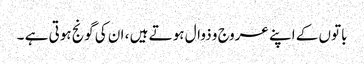
باتوں کے اپنے عروج و ذوال ہوتے ہیں ، ان کی گونج ہوتی ہے ۔